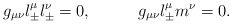
\begin{align*}g_{\mu\nu}l^\mu_\pm l^\nu_\pm=0,\;\;\;\;\;\;\;\;\;\;g_{\mu\nu}l^\mu_\pm m^\nu=0.\end{align*}